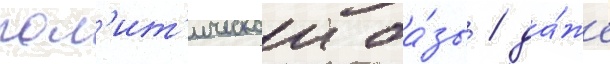
пол'ит'ическои ба́зы / да́же